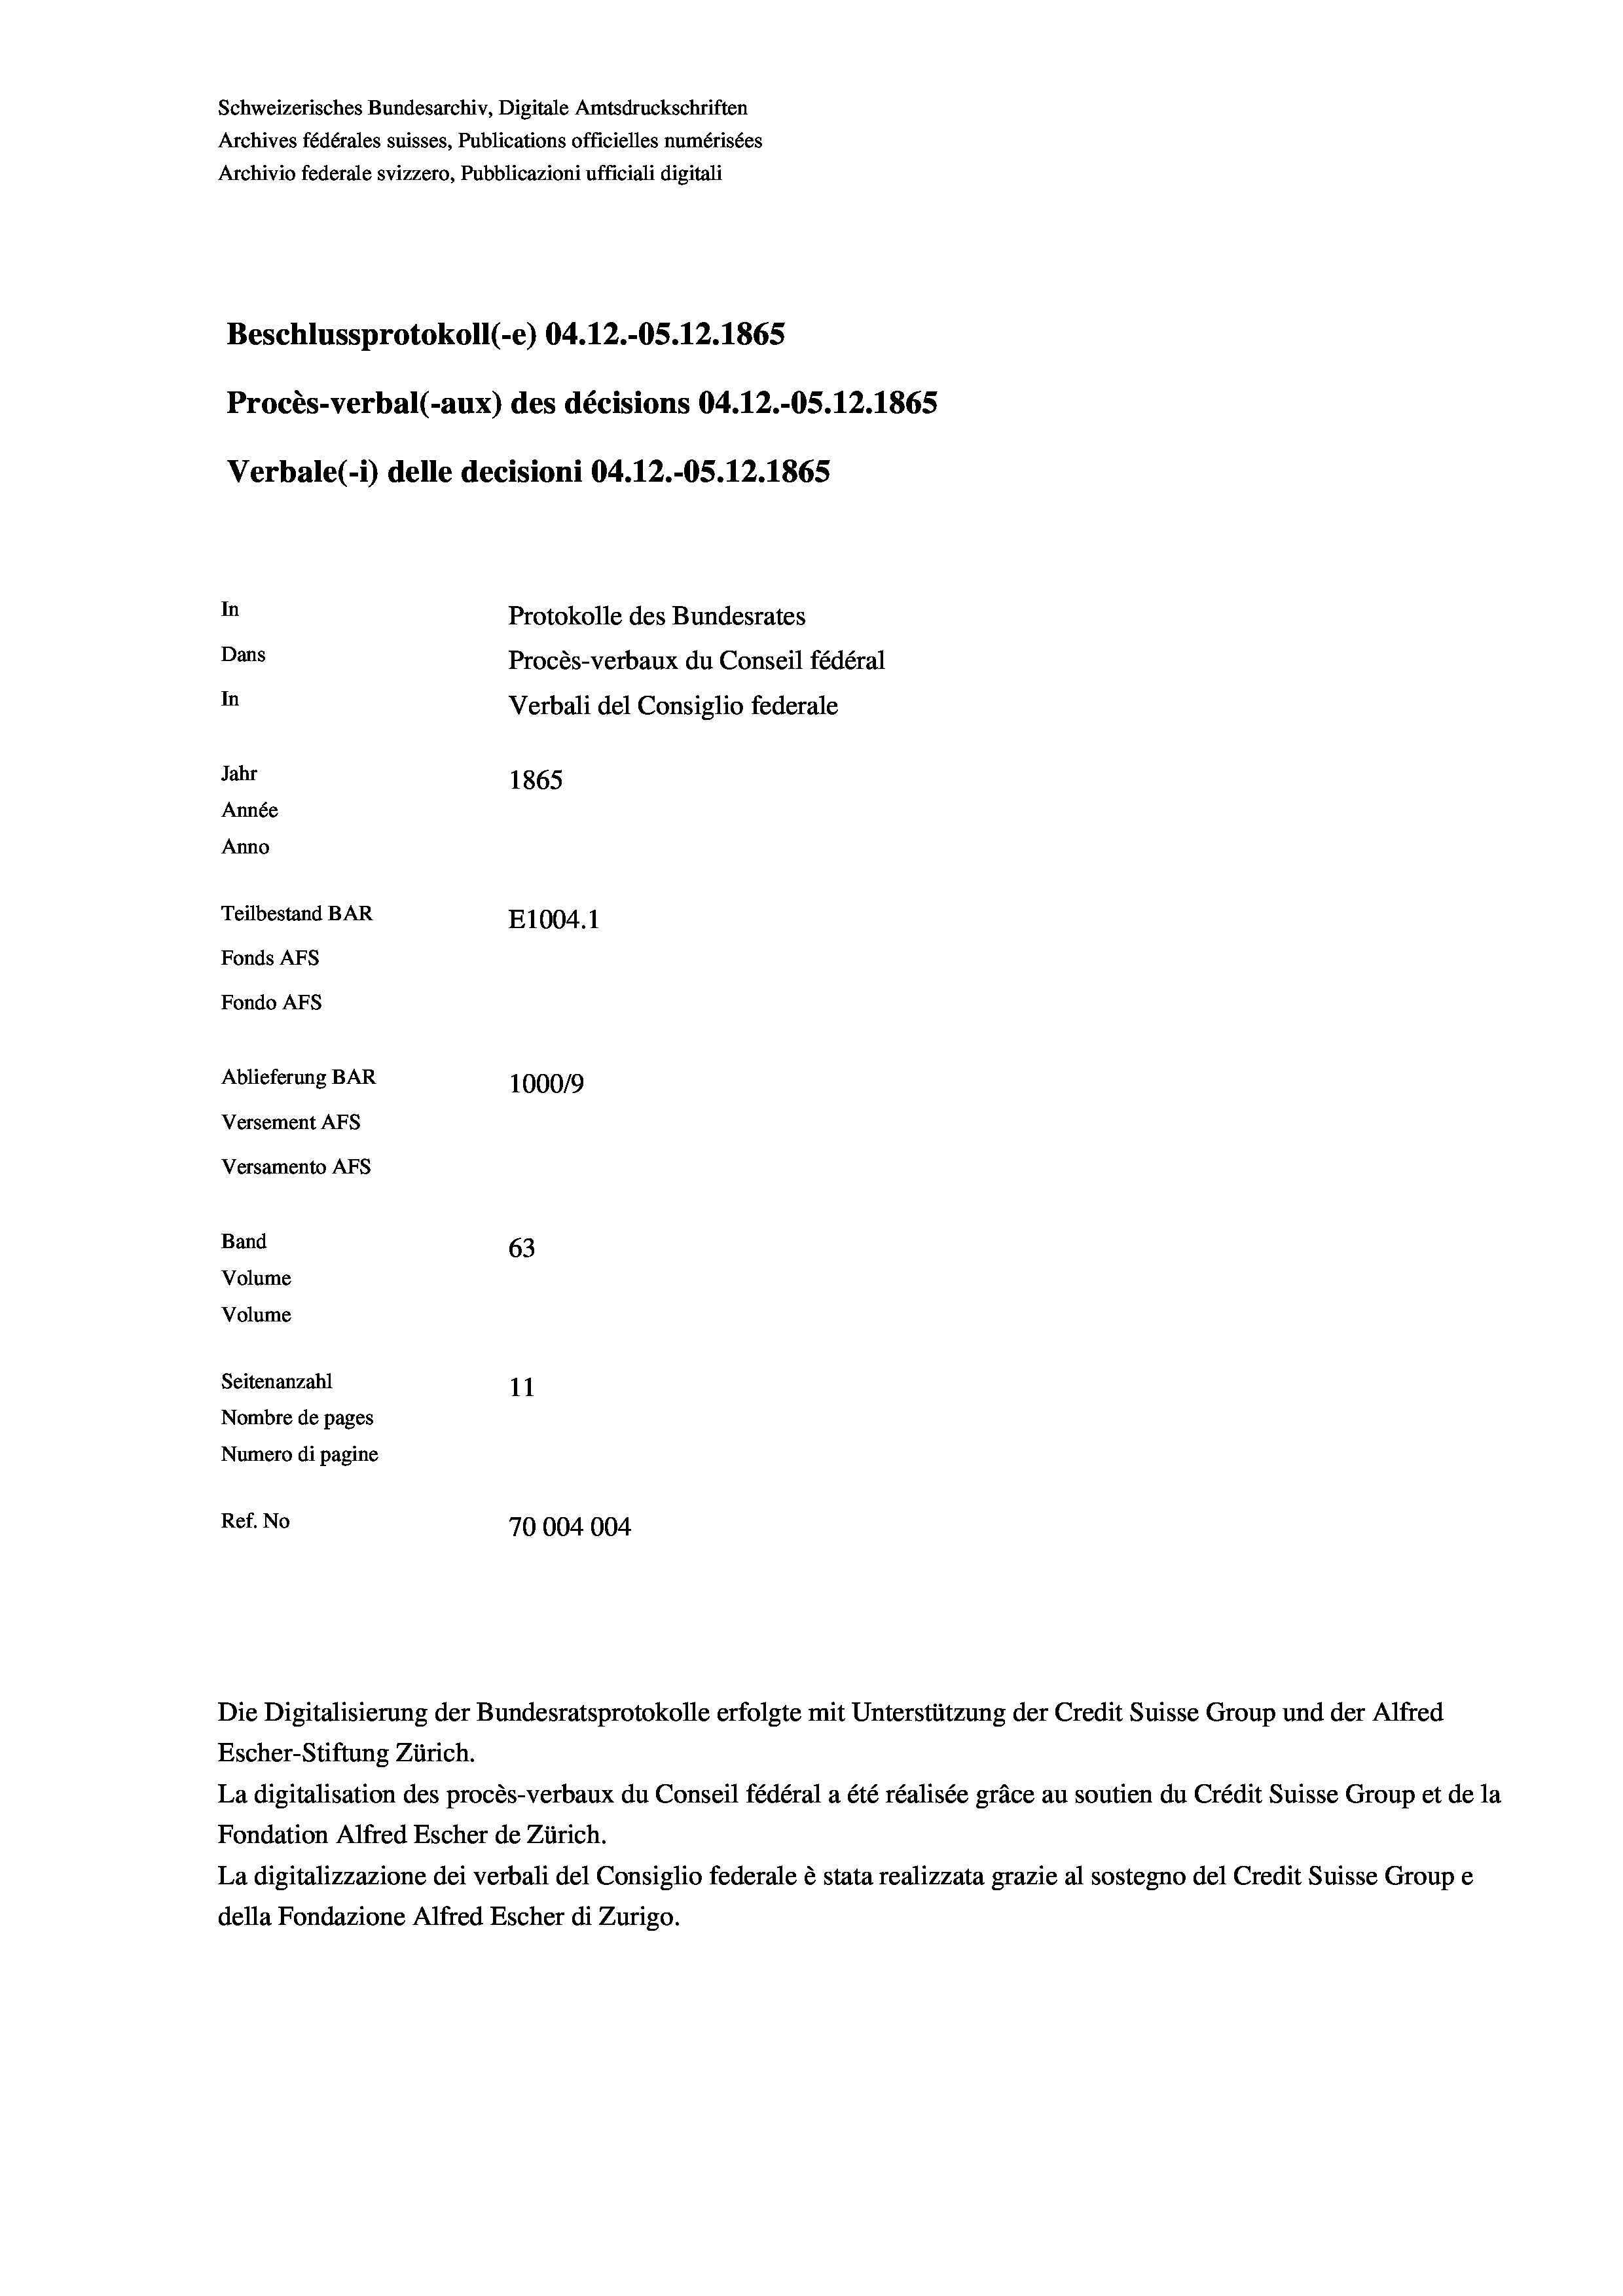
Beschlussprotokoll (-e) 04.12.-OS.12.1865
Procès-verbal (-aux) des décisions 04.12.-OS. 12. 1865
Verbale (1) delle decisioni 04.12.-OS. 12. 1865
In
Protokolle des Bundesrates
Dans
Procès-verbaux du Conseil fédéral
In
Verbali del Consiglio federale
Jahr
1865
Année
Anno
Teilbestand BAR
E1004.1
Fonds AFs
Fondo AFS

Ablieferung BAR
Versement AFs
Versamento AFs
Band
63
Volume
Volume
Seitenanzahl
11
Nombre de pages
Numero di pagine

Schweizerisches Bundesarchiv, Digitale Amtsdruckschriften
Archives fédérales suisses, Publications officielles numérisées
Archivio federale svizzero, Pubblicazioni ufficiali digitali

Escher-Stiftung Zürich.
La digitalisation des procès-verbaux du Conseil fédéral a été réalisée gräce au soutien du Crédit Suisse Group et de la
Fondation Alfred Escher de Zürich.
La digitalizzazione dei verbali del Consiglio federale è stata realizzata grazie al sostegno del Credit Suisse Groupe
della Fondazione Alfred Escher di Zurigo.

100019
Ref. No
70004004

Die Digitalisierung der Bundesratsprotokolle erfolgte mit Unterstützung der Credit Suisse Group und der Alfred